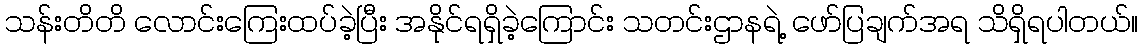
သန်းတိတိ လောင်းကြေးထပ်ခဲ့ပြီး အနိုင်ရရှိခဲ့ကြောင်း သတင်းဌာနရဲ့ ဖော်ပြချက်အရ သိရှိရပါတယ်။